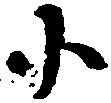
小